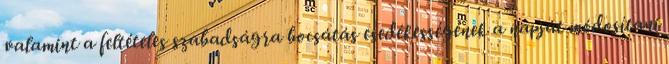
valamint a feltételes szabadságra bocsátás esedékességének a napját módosítani